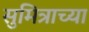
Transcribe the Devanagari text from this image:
सुमित्राच्या